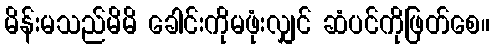
မိန်းမသည်မိမိ ခေါင်းကိုမဖုံးလျှင် ဆံပင်ကိုဖြတ်စေ။